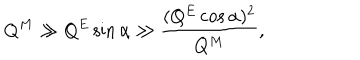
LaTeX: Q ^ { M } \gg Q ^ { E } \sin \alpha \gg \frac { ( Q ^ { E } \cos \alpha ) ^ { 2 } } { Q ^ { M } } ,